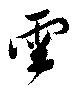
雲